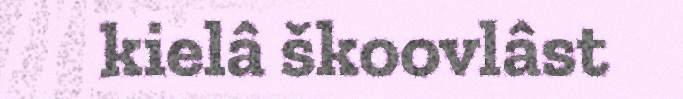
kielâ škoovlâst